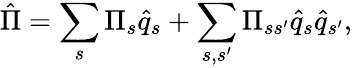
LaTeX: \hat{\Pi}=\sum_{s}\Pi_{s}\hat{q}_{s}+\sum_{s,s^{\prime}}\Pi_{ss^{\prime}}\hat{q}_{s}\hat{q}_{s^{\prime}},